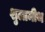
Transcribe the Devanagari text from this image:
शुलामीथ